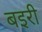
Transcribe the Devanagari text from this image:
बइरी